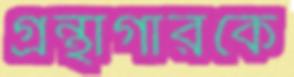
গ্রন্থাগারকে